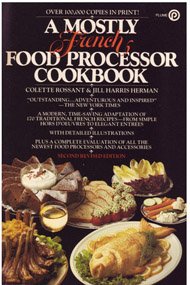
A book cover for A Mostly French Food Processor Cookbook; Colette Rossant; Cookbooks, Food & Wine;